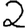
Digit: 2